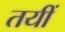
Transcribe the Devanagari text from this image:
तयीं